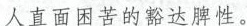
人直面困苦的豁达脾性。